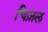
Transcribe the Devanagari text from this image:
चिज़ल